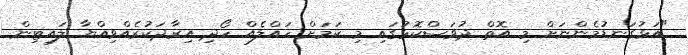
"އަޅުގަނޑުމެންނަށް މި އޮތް ދުވަސްކޮޅުގައި މި ކަމަށް ހައްލެއް ހޯދި އިރާދަކުރެއްވިއްޔާ ލައިޓިން